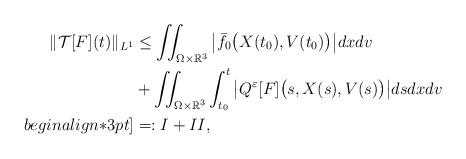
LaTeX: \begin{align*} \|\mathcal{T}[F](t)\|_{L^1} & \leq \iint_{\Omega\times\mathbb{R}^3} \big|\bar{f_0}\big(X(t_0),V(t_0)\big)\big|dxdv \\ & + \iint_{\Omega\times\mathbb{R}^3} \int_{t_0}^t \big|Q^\varepsilon[F]\big(s,X(s),V(s)\big)\big| ds dxdv \\begin{align*}3pt] & =: I + II , \end{align*}